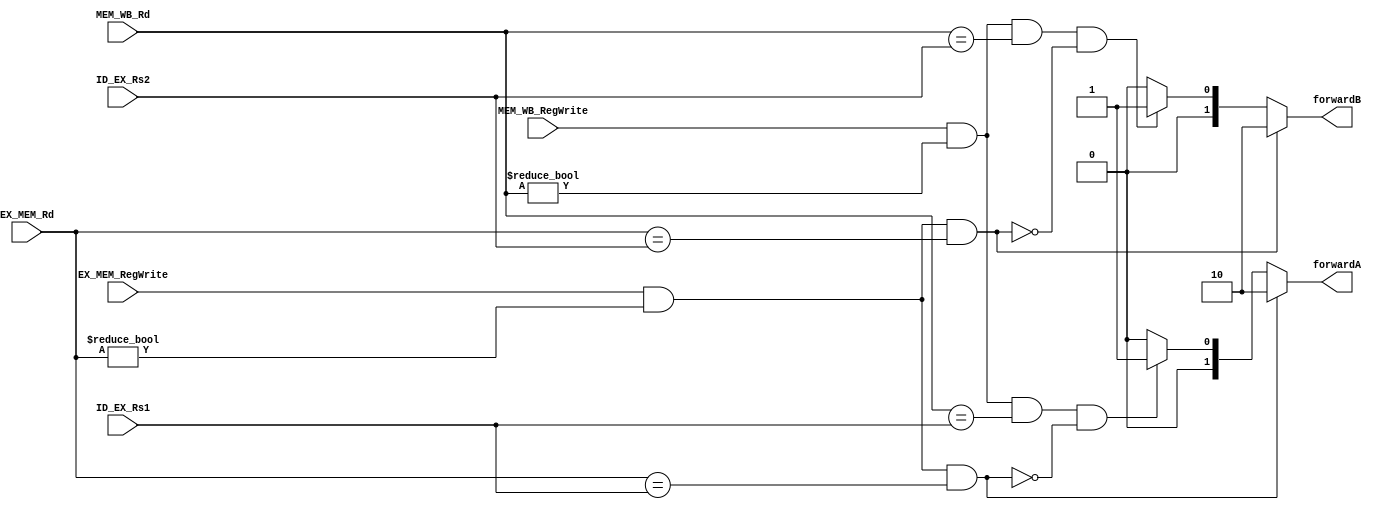
module ForwardingUnit(
input [4:0]ID_EX_Rs1, 
input [4:0]ID_EX_Rs2, 
input [4:0]EX_MEM_Rd, 
input [4:0]MEM_WB_Rd,
input EX_MEM_RegWrite, 
input MEM_WB_RegWrite,
output reg [1:0] forwardA,
output reg [1:0] forwardB
    );
wire w1;
assign w1 = (EX_MEM_RegWrite && (EX_MEM_Rd != 0) && (EX_MEM_Rd == ID_EX_Rs1));
wire w2;
assign w2 = (EX_MEM_RegWrite && (EX_MEM_Rd != 0) && (EX_MEM_Rd == ID_EX_Rs2));
always @(*) begin
if(EX_MEM_RegWrite && (EX_MEM_Rd != 0) && (EX_MEM_Rd == ID_EX_Rs1))
    forwardA <= 2'b10;
else if (MEM_WB_RegWrite && (MEM_WB_Rd!=0) && (MEM_WB_Rd == ID_EX_Rs1) && (!w1))
        forwardA <= 2'b01;
else  forwardA <= 2'b00;
if(EX_MEM_RegWrite && (EX_MEM_Rd != 0) && (EX_MEM_Rd == ID_EX_Rs2))
    forwardB <= 2'b10;    
else if (MEM_WB_RegWrite && (MEM_WB_Rd!=0) && (MEM_WB_Rd == ID_EX_Rs2) && (!w2))
    forwardB <= 2'b01;
else  forwardB <= 2'b00;
end
endmodule